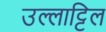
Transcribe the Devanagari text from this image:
उल्लाट्टिल